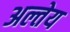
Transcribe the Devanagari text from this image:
अल्तेय